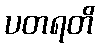
ပတရတိ